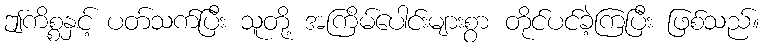
ဤကိစ္စနှင့် ပတ်သက်ပြီး သူတို့ အကြိမ်ပေါင်းများစွာ တိုင်ပင်ခဲ့ကြပြီး ဖြစ်သည်။